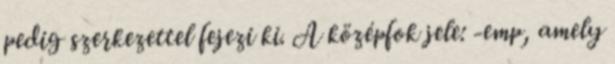
pedig szerkezettel fejezi ki. A középfok jele: -emp, amely